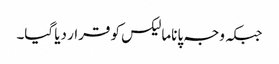
جبکہ وجہ پاناما لیکس کو قرار دیا گیا۔